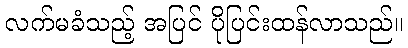
လက်မခံသည့် အပြင် ပိုပြင်းထန်လာသည်။